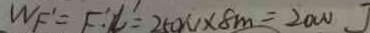
W F ^ { \prime } = F ^ { \prime } : L ^ { \prime } = 2 5 0 N \times 8 m = 2 0 0 0 J